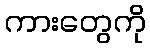
ကားတွေကို